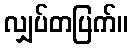
လျှပ်တပြက်။